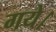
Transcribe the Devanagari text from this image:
गयेे।